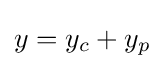
y=y_{c}+y_{p}